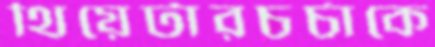
থিয়েটারচর্চাকে